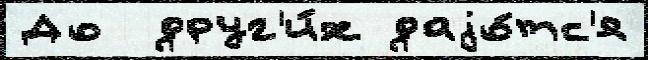
До  друг'и́х даjо́тс'я